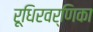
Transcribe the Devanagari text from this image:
रूधिरवर्णिका